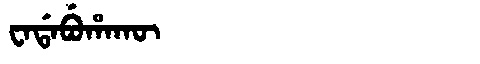
Manchu: ᠸᠠᡩᠠᠪᡠᡥᠠᡴᡡ
Romanization: WADABUHAKŪ